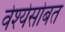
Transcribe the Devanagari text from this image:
वेश्येसोबत